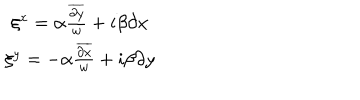
\begin{array} { c } { { \xi ^ { x } = \alpha \frac { \overline { { { \partial y } } } } { w } + i \beta \partial x } } \\ { { \xi ^ { y } = - \alpha \frac { \overline { { { \partial x } } } } { w } + i \beta \partial y } } \\ \end{array}